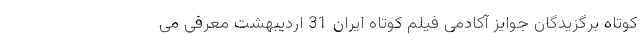
کوتاه برگزیدگان جوایز آکادمی فیلم کوتاه ایران 31 اردیبهشت معرفی می